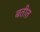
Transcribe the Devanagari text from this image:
बतीत